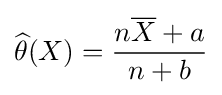
{\widehat {\theta }}(X)={\frac {n{\overline {X}}+a}{n+b}}